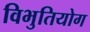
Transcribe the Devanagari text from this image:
विभुतियोग